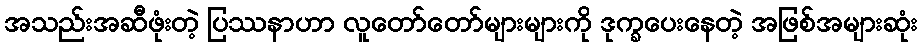
အသည်းအဆီဖုံးတဲ့ ပြဿနာဟာ လူတော်တော်များများကို ဒုက္ခပေးနေတဲ့ အဖြစ်အများဆုံး